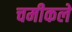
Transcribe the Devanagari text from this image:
चमीकले